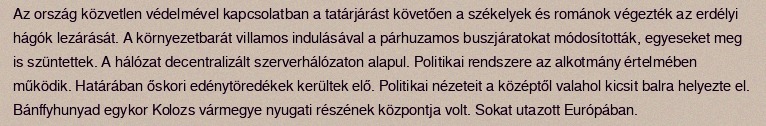
Az ország közvetlen védelmével kapcsolatban a tatárjárást követően a székelyek és románok végezték az erdélyi hágók lezárását. A környezetbarát villamos indulásával a párhuzamos buszjáratokat módosították, egyeseket meg is szüntettek. A hálózat decentralizált szerverhálózaton alapul. Politikai rendszere az alkotmány értelmében működik. Határában őskori edénytöredékek kerültek elő. Politikai nézeteit a középtől valahol kicsit balra helyezte el. Bánffyhunyad egykor Kolozs vármegye nyugati részének központja volt. Sokat utazott Európában.